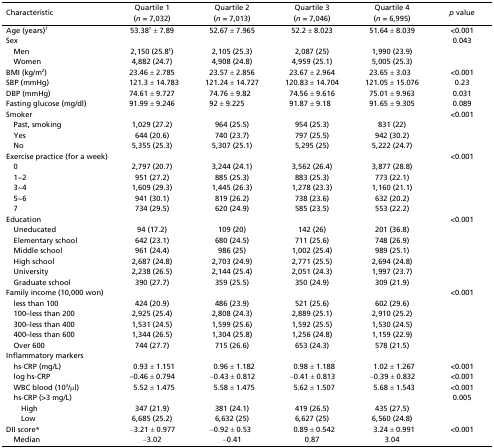
<table><thead><tr><td rowspan="2"><b>Characteristic</b></td><td><b>Quartile 1</b></td><td><b>Quartile 2</b></td><td><b>Quartile 3</b></td><td><b>Quartile 4</b></td><td rowspan="2"><b><i>p</i> value</b></td></tr><tr><td><b>(<i>n</i> = 7,032)</b></td><td><b>(<i>n</i> = 7,013)</b></td><td><b>(<i>n</i> = 7,046)</b></td><td><b>(<i>n</i> = 6,995)</b></td></tr></thead><tbody><tr><td>Age (years)<sup>†</sup></td><td>53.38<sup>†</sup> ± 7.89</td><td>52.67 ± 7.965</td><td>52.2 ± 8.023</td><td>51.64 ± 8.039</td><td>&lt;0.001</td></tr><tr><td>Sex</td><td></td><td></td><td></td><td></td><td>0.043</td></tr><tr><td> Men</td><td>2,150 (25.8<sup>‡</sup>)</td><td>2,105 (25.3)</td><td>2,087 (25)</td><td>1,990 (23.9)</td><td></td></tr><tr><td> Women</td><td>4,882 (24.7)</td><td>4,908 (24.8)</td><td>4,959 (25.1)</td><td>5,005 (25.3)</td><td></td></tr><tr><td>BMI (kg/m<sup>2</sup>)</td><td>23.46 ± 2.785</td><td>23.57 ± 2.856</td><td>23.67 ± 2.964</td><td>23.65 ± 3.03</td><td>&lt;0.001</td></tr><tr><td>SBP (mmHg)</td><td>121.3 ± 14.783</td><td>121.24 ± 14.727</td><td>120.83 ± 14.704</td><td>121.05 ± 15.076</td><td>0.23</td></tr><tr><td>DBP (mmHg)</td><td>74.61 ± 9.727</td><td>74.76 ± 9.82</td><td>74.56 ± 9.616</td><td>75.01 ± 9.963</td><td>0.031</td></tr><tr><td>Fasting glucose (mg/dl)</td><td>91.99 ± 9.246</td><td>92 ± 9.225</td><td>91.87 ± 9.18</td><td>91.65 ± 9.305</td><td>0.089</td></tr><tr><td>Smoker</td><td></td><td></td><td></td><td></td><td>&lt;0.001</td></tr><tr><td> Past, smoking</td><td>1,029 (27.2)</td><td>964 (25.5)</td><td>954 (25.3)</td><td>831 (22)</td><td></td></tr><tr><td> Yes</td><td>644 (20.6)</td><td>740 (23.7)</td><td>797 (25.5)</td><td>942 (30.2)</td><td></td></tr><tr><td> No</td><td>5,355 (25.3)</td><td>5,307 (25.1)</td><td>5,295 (25)</td><td>5,222 (24.7)</td><td></td></tr><tr><td>Exercise practice (for a week)</td><td></td><td></td><td></td><td></td><td>&lt;0.001</td></tr><tr><td> 0</td><td>2,797 (20.7)</td><td>3,244 (24.1)</td><td>3,562 (26.4)</td><td>3,877 (28.8)</td><td></td></tr><tr><td> 1~2</td><td>951 (27.2)</td><td>885 (25.3)</td><td>883 (25.3)</td><td>773 (22.1)</td><td></td></tr><tr><td> 3~4</td><td>1,609 (29.3)</td><td>1,445 (26.3)</td><td>1,278 (23.3)</td><td>1,160 (21.1)</td><td></td></tr><tr><td> 5~6</td><td>941 (30.1)</td><td>819 (26.2)</td><td>738 (23.6)</td><td>632 (20.2)</td><td></td></tr><tr><td> 7</td><td>734 (29.5)</td><td>620 (24.9)</td><td>585 (23.5)</td><td>553 (22.2)</td><td></td></tr><tr><td>Education</td><td></td><td></td><td></td><td></td><td>&lt;0.001</td></tr><tr><td> Uneducated</td><td>94 (17.2)</td><td>109 (20)</td><td>142 (26)</td><td>201 (36.8)</td><td></td></tr><tr><td> Elementary school</td><td>642 (23.1)</td><td>680 (24.5)</td><td>711 (25.6)</td><td>748 (26.9)</td><td></td></tr><tr><td> Middle school</td><td>961 (24.4)</td><td>986 (25)</td><td>1,002 (25.4)</td><td>989 (25.1)</td><td></td></tr><tr><td> High school</td><td>2,687 (24.8)</td><td>2,703 (24.9)</td><td>2,771 (25.5)</td><td>2,694 (24.8)</td><td></td></tr><tr><td> University</td><td>2,238 (26.5)</td><td>2,144 (25.4)</td><td>2,051 (24.3)</td><td>1,997 (23.7)</td><td></td></tr><tr><td> Graduate school</td><td>390 (27.7)</td><td>359 (25.5)</td><td>350 (24.9)</td><td>309 (21.9)</td><td></td></tr><tr><td>Family income (10,000 won)</td><td></td><td></td><td></td><td></td><td>&lt;0.001</td></tr><tr><td> less than 100</td><td>424 (20.9)</td><td>486 (23.9)</td><td>521 (25.6)</td><td>602 (29.6)</td><td></td></tr><tr><td> 100–less than 200</td><td>2,925 (25.4)</td><td>2,808 (24.3)</td><td>2,889 (25.1)</td><td>2,910 (25.2)</td><td></td></tr><tr><td> 300–less than 400</td><td>1,531 (24.5)</td><td>1,599 (25.6)</td><td>1,592 (25.5)</td><td>1,530 (24.5)</td><td></td></tr><tr><td> 400–less than 600</td><td>1,344 (26.5)</td><td>1,304 (25.8)</td><td>1,256 (24.8)</td><td>1,159 (22.9)</td><td></td></tr><tr><td> Over 600</td><td>744 (27.7)</td><td>715 (26.6)</td><td>653 (24.3)</td><td>578 (21.5)</td><td></td></tr><tr><td>Inflammatory markers</td><td></td><td></td><td></td><td></td><td></td></tr><tr><td> hs-CRP (mg/L)</td><td>0.93 ± 1.151</td><td>0.96 ± 1.182</td><td>0.98 ± 1.188</td><td>1.02 ± 1.267</td><td>&lt;0.001</td></tr><tr><td> log hs-CRP</td><td>–0.46 ± 0.794</td><td>−0.43 ± 0.812</td><td>−0.41 ± 0.813</td><td>−0.39 ± 0.832</td><td>&lt;0.001</td></tr><tr><td> WBC blood (10<sup>3</sup>/μl)</td><td>5.52 ± 1.475</td><td>5.58 ± 1.475</td><td>5.62 ± 1.507</td><td>5.68 ± 1.543</td><td>&lt;0.001</td></tr><tr><td> hs-CRP (&gt;3 mg/L)</td><td></td><td></td><td></td><td></td><td>0.005</td></tr><tr><td>High</td><td>347 (21.9)</td><td>381 (24.1)</td><td>419 (26.5)</td><td>435 (27.5)</td><td></td></tr><tr><td>Low</td><td>6,685 (25.2)</td><td>6,632 (25)</td><td>6,627 (25)</td><td>6,560 (24.8)</td><td></td></tr><tr><td>DII score*</td><td>−3.21 ± 0.977</td><td>−0.92 ± 0.53</td><td>0.89 ± 0.542</td><td>3.24 ± 0.991</td><td>&lt;0.001</td></tr><tr><td> Median</td><td>−3.02</td><td>−0.41</td><td>0.87</td><td>3.04</td><td></td></tr></tbody></table>